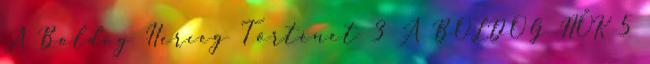
A Boldog Herceg Történet 3 A BOLDOG NŐK 5